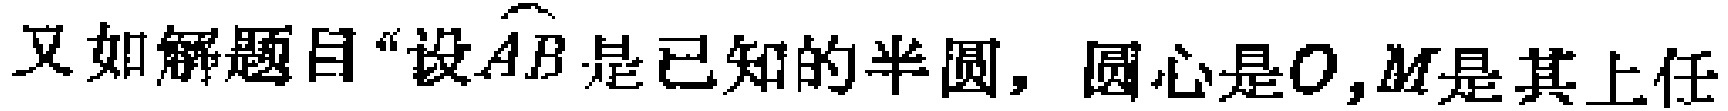
又如解题目“设\(\overset{\frown}{AB}\)是已知的半圆，圆心是\(O\)，\(M\)是其上任